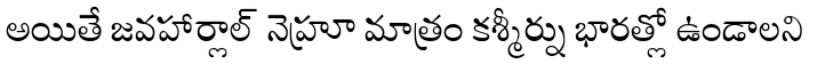
అయితే జవహార్లాల్ నెహ్రూ మాత్రం కశ్మీర్ను భారత్లో ఉండాలని